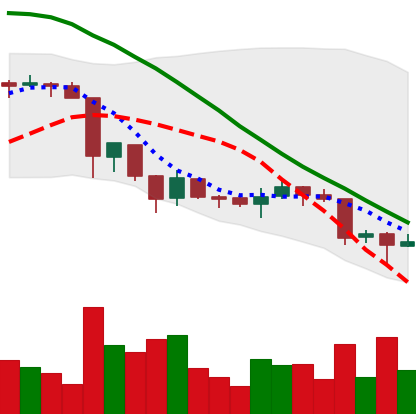
Ticker: XRP-USD
Chart end date: 2018-06-25
Forward return: -3.219%
Label: down_3_5